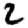
Digit: 2